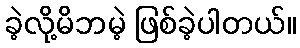
ခဲ့လို့မိဘမဲ့ ဖြစ်ခဲ့ပါတယ်။